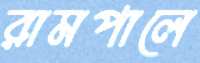
রামপালে